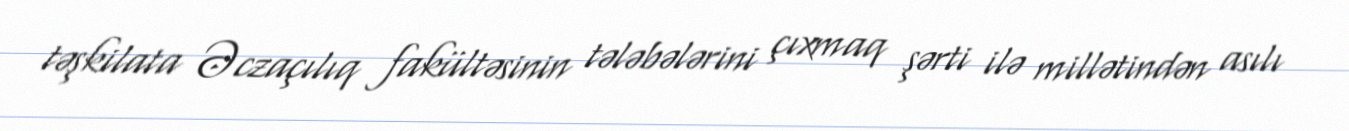
təşkilata Əczaçılıq fakültəsinin tələbələrini çıxmaq şərti ilə millətindən asılı